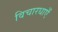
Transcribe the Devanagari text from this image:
विचारधाएँ